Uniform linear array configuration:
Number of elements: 4
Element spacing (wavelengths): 0.25
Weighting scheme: kaiser
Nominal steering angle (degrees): -30
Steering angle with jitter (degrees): -28.497
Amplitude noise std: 0.05
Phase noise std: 0.05

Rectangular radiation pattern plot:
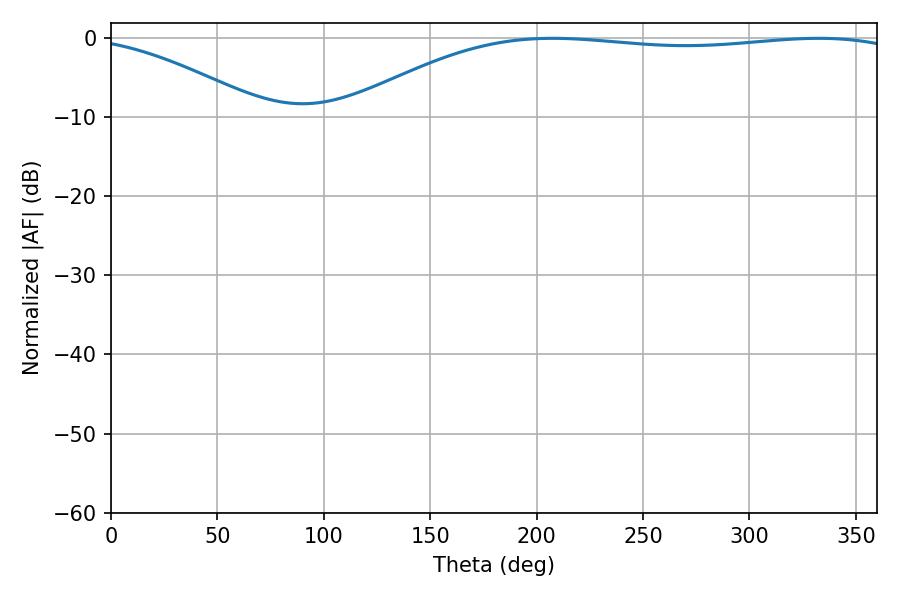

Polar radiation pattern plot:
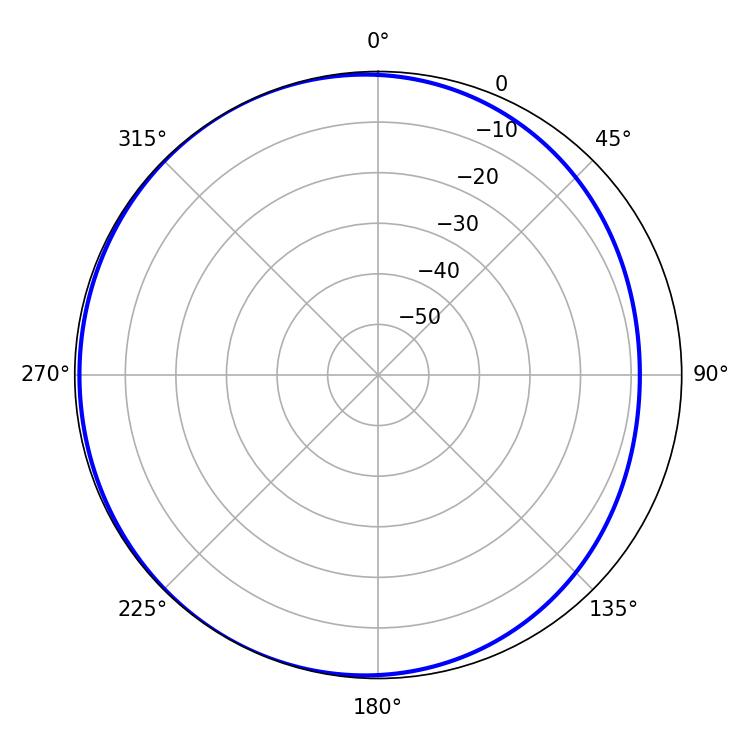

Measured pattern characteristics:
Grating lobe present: FALSE
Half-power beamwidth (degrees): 209.16
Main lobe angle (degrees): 207.54